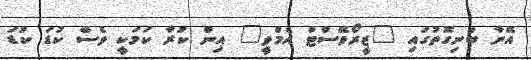
އޭނާ ބުނިގޮތުގައި "ޒީރޯވޭސްޓް އެމްވީ" އިން ކުރާ ކަމަކީ ވެސް ކުޑަ ކުޑަ